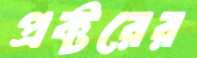
প্রক্টরের